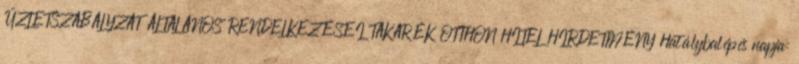
ÜZLETSZABÁLYZAT ÁLTALÁNOS RENDELKEZÉSEI TAKARÉK OTTHON HITEL HIRDETMÉNY Hatálybalépés napja: